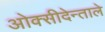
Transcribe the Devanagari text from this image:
ओक्सीदेन्ताले